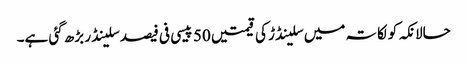
حالانکہ کولکاتہ میں سلینڈڑ کی قیمتیں 50 پیسی فی فیصد سلینڈر بڑھ گئی ہے۔